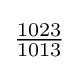
{\tfrac {1023}{1013}}